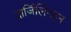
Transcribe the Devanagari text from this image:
दार्जिलिंगहून